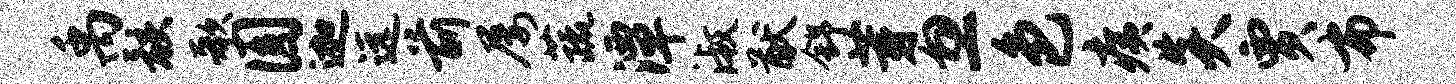
禹骸歌圆迦远前屡蔬潭淑猷舒芽忽色痍炎贾布